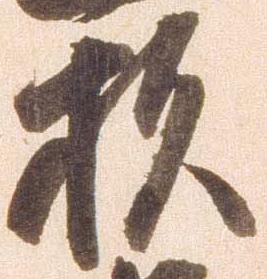
杉